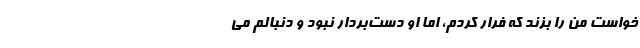
‌خواست من را بزند که فرار کردم، اما او دست‌بردار نبود و دنبالم می